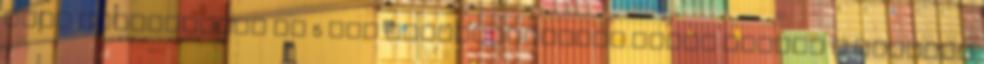
erős feketekávét és 5 dkg főzőcsokoládét.Mikor kihült a krémhez